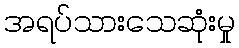
အရပ်သားသေဆုံးမှု